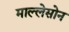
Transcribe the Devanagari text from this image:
माल्लेसोन